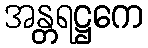
အန္တရဋ္ဌကေ